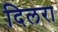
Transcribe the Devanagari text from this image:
दिलरा